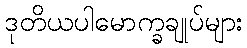
ဒုတိယပါမောက္ခချုပ်များ